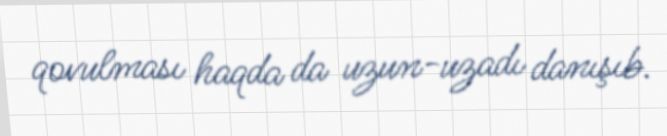
qovulması haqda da uzun-uzadı danışıb.